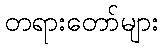
တရားတော်များ